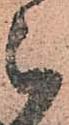
被